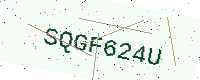
Text: SQGF624U